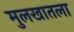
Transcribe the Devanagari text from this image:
मुलखातला